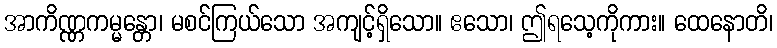
အာကိဏ္ဏကမ္မန္တော၊ မစင်ကြယ်သော အကျင့်ရှိသော။ ဧသော၊ ဤရသေ့ကိုကား။ ထေနောတိ၊